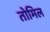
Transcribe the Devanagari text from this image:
तोमिल